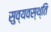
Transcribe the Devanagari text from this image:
सुव्यवस्थ्ति